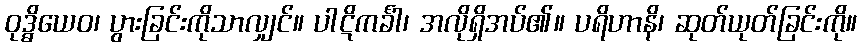
ဝုဒ္ဓိယေဝ၊ ပွားခြင်းကိုသာလျှင်။ ပါဋိကင်္ခါ၊ အလိုရှိအပ်၏။ ပရိဟာနိ၊ ဆုတ်ယုတ်ခြင်းကို။